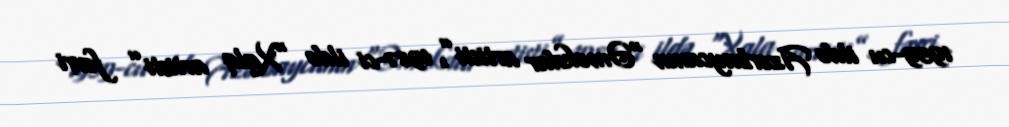
1959-cu ildə Azərbaycanın “Əməkdar artisti”, 1987-ci ildə “Xalq artisti” fəxri